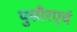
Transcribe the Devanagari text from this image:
पुसौरएवं